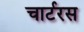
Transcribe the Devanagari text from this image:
चार्टरस